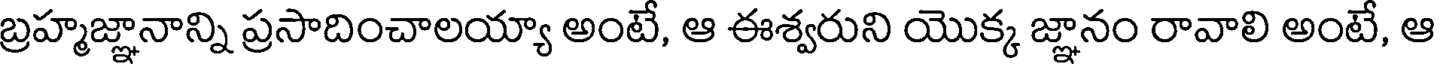
బ్రహ్మజ్ఞానాన్ని ప్రసాదించాలయ్యా అంటే, ఆ ఈశ్వరుని యొక్క జ్ఞానం రావాలి అంటే, ఆ